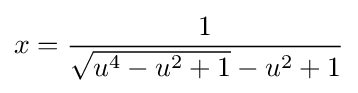
x={\frac {1}{{\sqrt {u^{4}-u^{2}+1}}-u^{2}+1}}